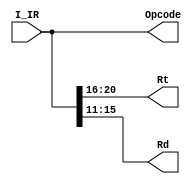
`timescale 1ns / 1ps
//////////////////////////////////////////////////////////////////////////////////
// Company: 
// Engineer: 
// 
// Design Name: 
// Module Name: MA_WB_D
// Project Name: 
// Target Devices: 
// Tool Versions: 
// Description: 
// 
// Dependencies: 
// 
// Revision:
// Revision 0.01 - File Created
// Additional Comments:
// 
//////////////////////////////////////////////////////////////////////////////////


module MA_WB_D(I_IR,Rt,Rd,Opcode);
    input[31:0]I_IR;
    output[4:0] Rt;
    output[4:0] Rd;
    output[31:0] Opcode;
    assign Rt = I_IR[20:16];
    assign Rd = I_IR[15:11];
    assign Opcode = I_IR[31:0];
endmodule